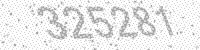
Solution: 325281